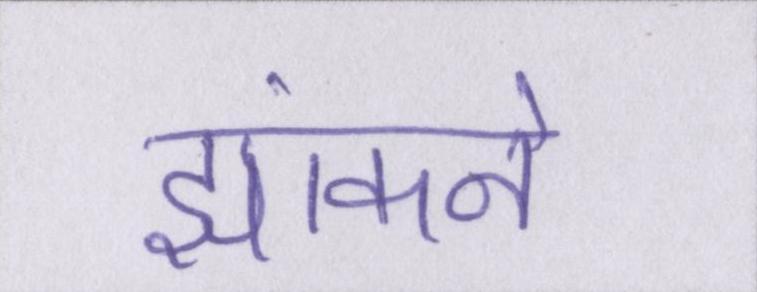
झांकने